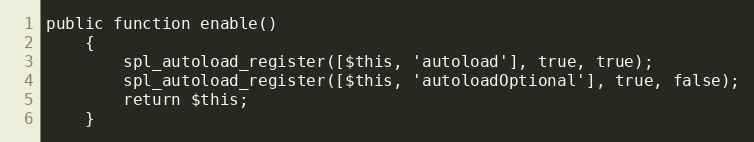
Language: PHP
public function enable()
    {
        spl_autoload_register([$this, 'autoload'], true, true);
        spl_autoload_register([$this, 'autoloadOptional'], true, false);
        return $this;
    }